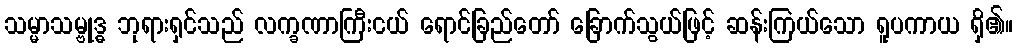
သမ္မာသမ္ဗုဒ္ဓ ဘုရားရှင်သည် လက္ခဏာကြီးငယ် ရောင်ခြည်တော် ခြောက်သွယ်ဖြင့် ဆန်းကြယ်သော ရူပကာယ ရှိ၏။